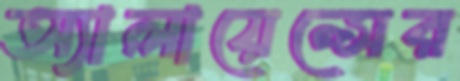
অ্যালায়েন্সের